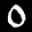
Label: 0